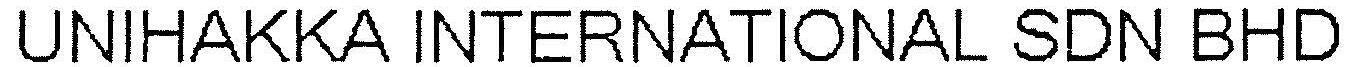
UNIHAKKA INTERNATIONAL SDN BHD